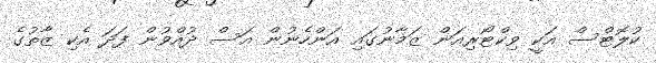
ކުލޮޓްސް އަކީ ވިކްޓޯރިއަން ޒަމާނުގައި އަންހެނުން އަސް ދުއްވުން ފަދަ އެކި ޒާތުގެ